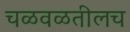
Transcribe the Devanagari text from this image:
चळवळतीलच